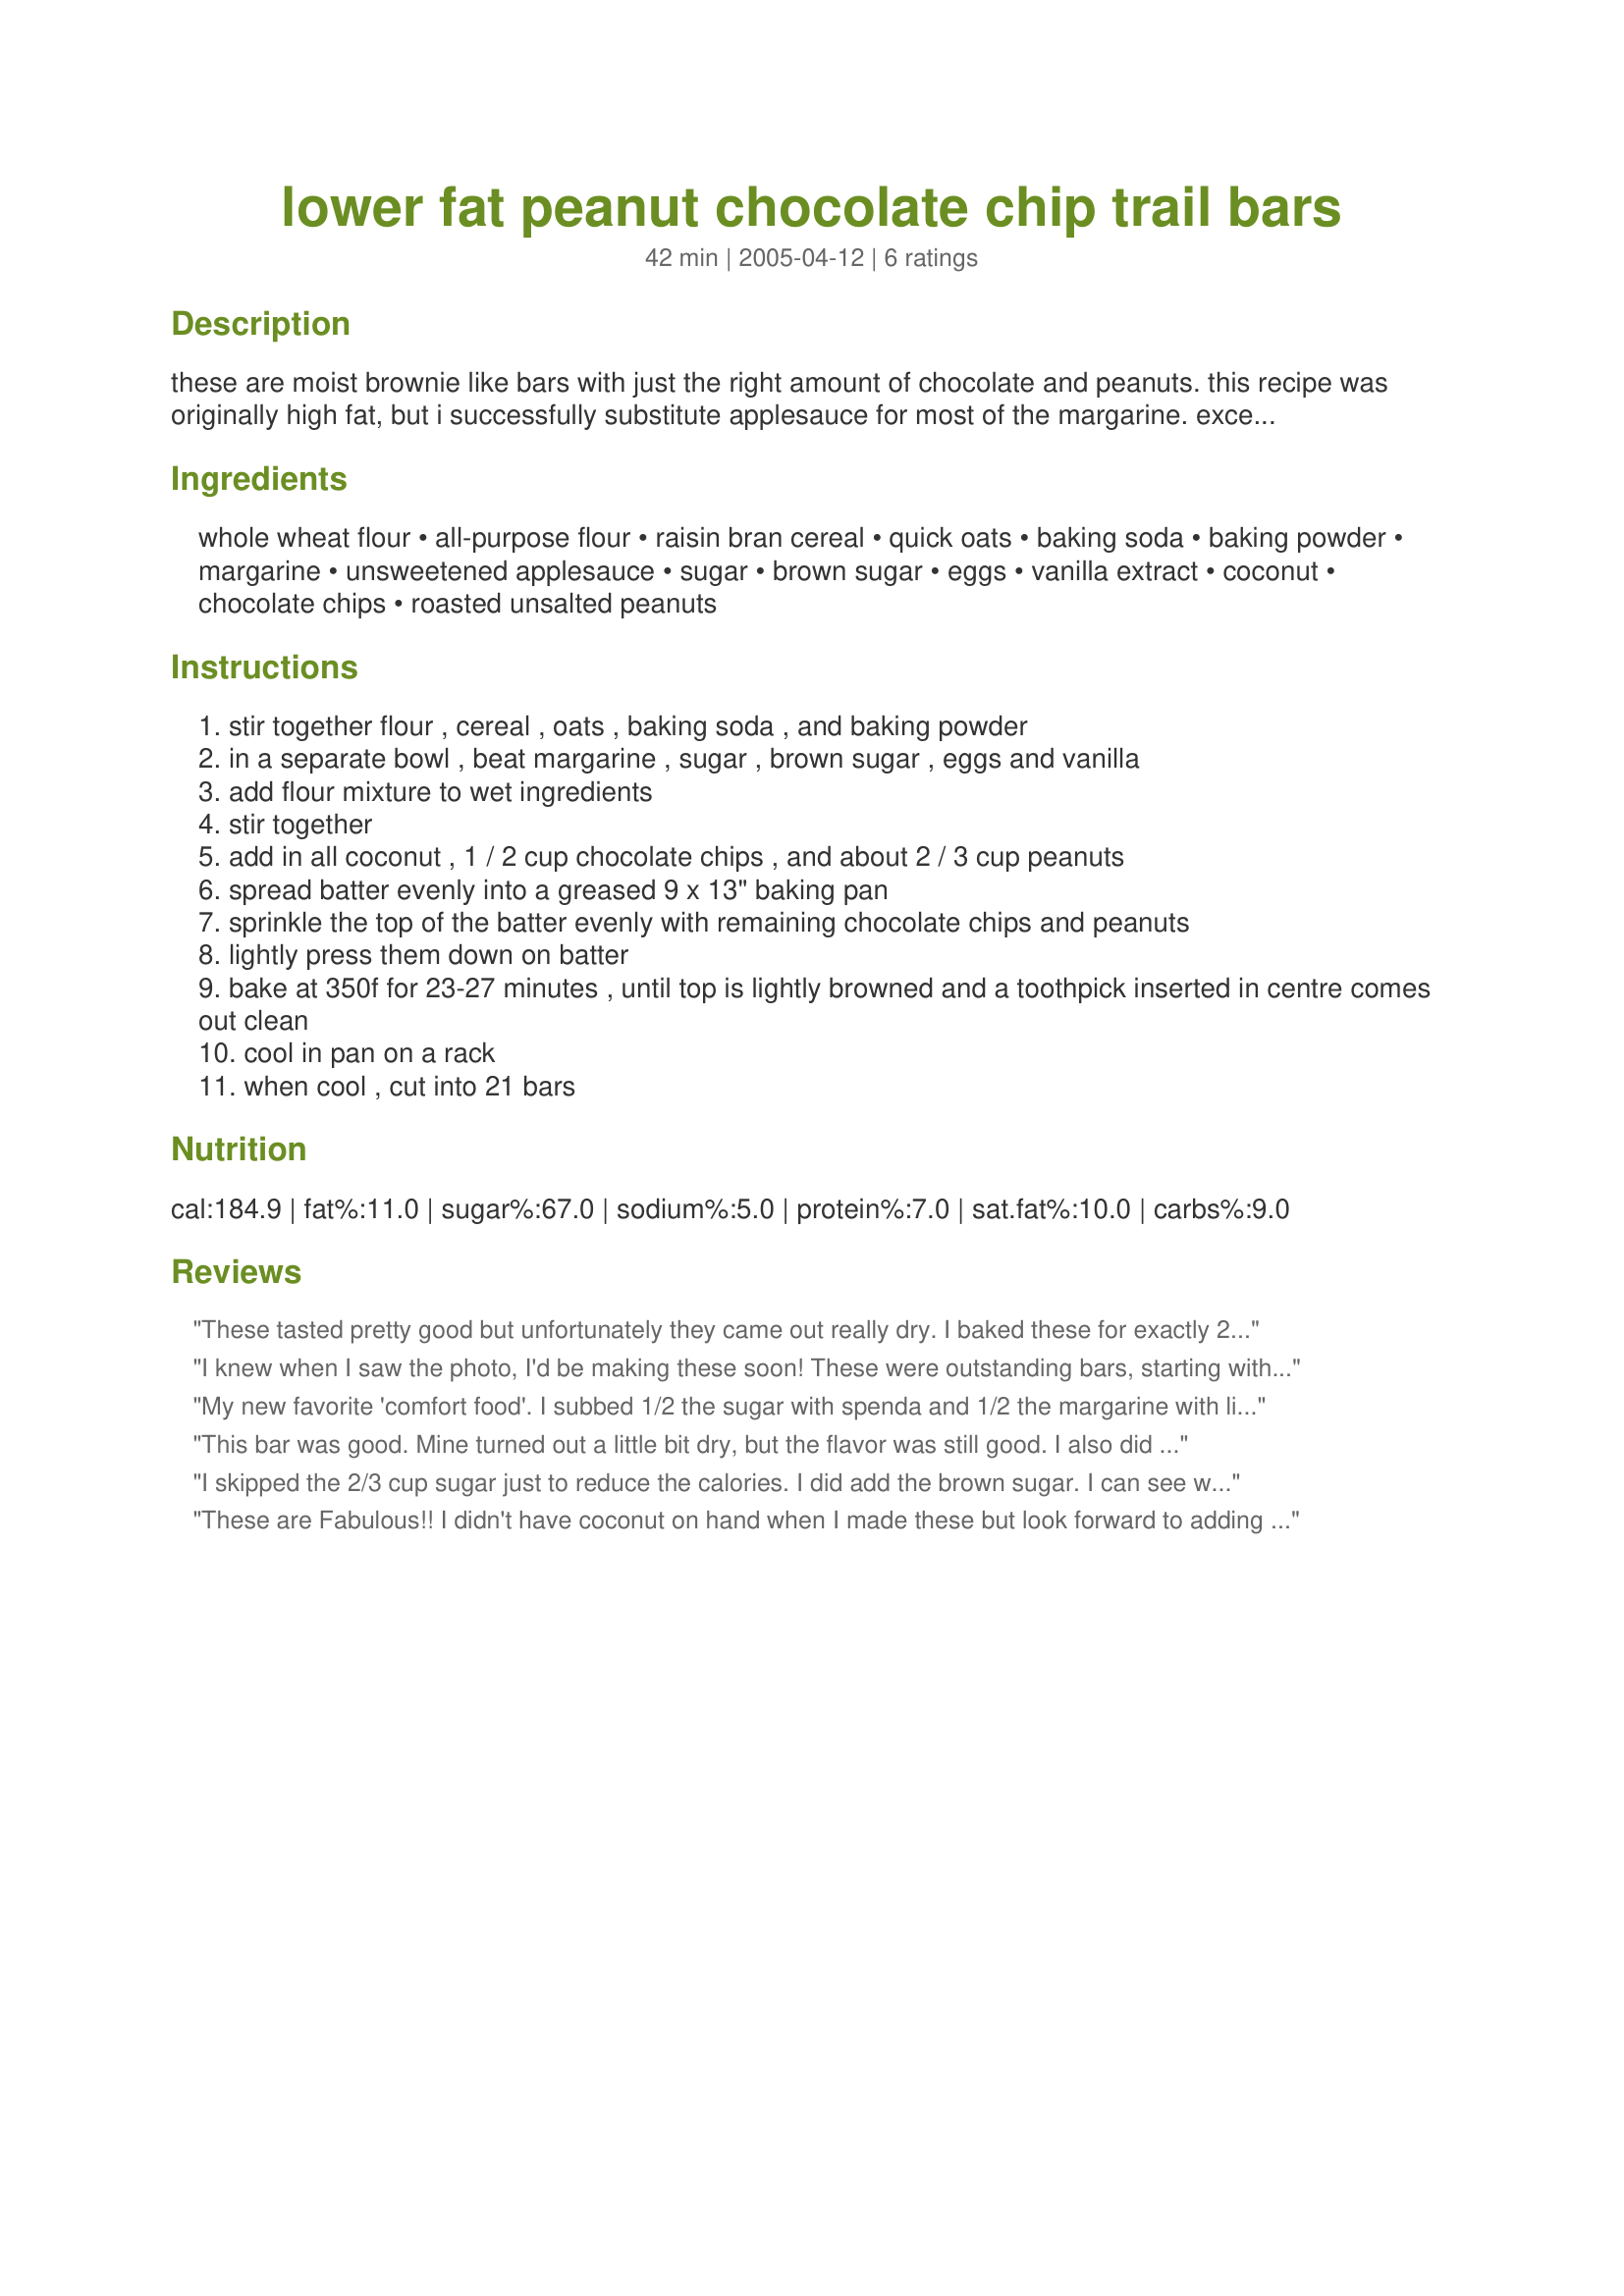
lower fat peanut chocolate chip trail bars
Preparation time: 42 minutes

these are moist brownie like bars with just the right amount of chocolate and peanuts. this recipe was originally high fat, but i successfully substitute applesauce for most of the margarine. excellent served warm, although still very good cool.

Ingredients:
whole wheat flour, all-purpose flour, raisin bran cereal, quick oats, baking soda, baking powder, margarine, unsweetened applesauce, sugar, brown sugar, eggs, vanilla extract, coconut, chocolate chips, roasted unsalted peanuts

Steps:
stir together flour , cereal , oats , baking soda , and baking powder
in a separate bowl , beat margarine , sugar , brown sugar , eggs and vanilla
add flour mixture to wet ingredients
stir together
add in all coconut , 1 / 2 cup chocolate chips , and about 2 / 3 cup peanuts
spread batter evenly into a greased 9 x 13" baking pan
sprinkle the top of the batter evenly with remaining chocolate chips and peanuts
lightly press them down on batter
bake at 350f for 23-27 minutes , until top is lightly browned and a toothpick inserted in centre comes out clean
cool in pan on a rack
when cool , cut into 21 bars

Reviews:
These tasted pretty good but unfortunately they came out really dry. I baked these for exactly 23 minutes but should have watched it more closely as another reviewer suggested. I also used 1/2 sugar and 1/2 splenda but otherwise did not stray from the recipe ingredients. The bar looks goey and rich in the picture but mine ended up much drier looking and the chocolate chips and nut topping did not adhere to the top and fell off when we tried to bite into one. Nevertheless I will be making these again but will watch them more closely next time, and it may be the type of bar that is even better if you take it out when it is slightly underdone. This really does taste good and I would recommend anyone to try it, especially since it has such wholesome ingredients.
I knew when I saw the photo, I'd be making these soon! These were outstanding bars, starting with the extra-delicious dough to the dense but tender baked texture. I don't usually like Raisin Bran in muffins, but here all the grains blend together and you'd never know it was in it. I mostly loved that there was butter (didn't have marg.) and applesauce,and sugars since I'd never make a non-fat baked good. I think it's a great crossover for every eater; even my daughter who does not like oatmeal cookies at all, could not tell there was oatmeal in it. Make sure your toothpick comes out clean, since mine browned a little early which made it a little tricky to figure out when done. I made two batches back to back they were so good!Thanks for posting.

Roxygirl in Colo.
My new favorite 'comfort food'. I subbed 1/2 the sugar with spenda and 1/2 the margarine with lighter bake... it turned out fantastic. More cake-like than bar-like - but it was perfect for me!
This bar was good. Mine turned out a little bit dry, but the flavor was still good. I also did not use coconut, so I will next time! This bar is also more like a cake.
I skipped the 2/3 cup sugar just to reduce the calories. I did add the brown sugar. I can see why most people would probably prefer to add in all of the sugar but the bars were still good without the 2/3 cup sugar. I am sure that they are out of this world with the sugar but still good without.
These are Fabulous!! I didn't have coconut on hand when I made these but look forward to adding it in next time. (and there will definately be a next time!) My friends thought I bought these at a little specialty bakery.~I hope that was a compliment(?!?) This is a nice snack when you want...something; but not too sweet, but chocolatey and a bit crunchy. This is what you're craving. Try it!
